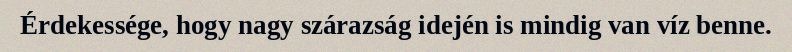
Érdekessége, hogy nagy szárazság idején is mindig van víz benne.